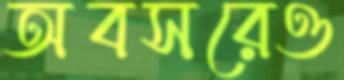
অবসরেও